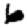
Digit: 6